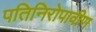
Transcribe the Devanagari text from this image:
पतिनिरोपावीण